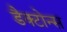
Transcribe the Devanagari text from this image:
डैक्टोन्स